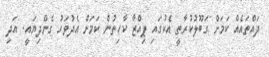
ދައްތައެއް ކަމަށް ގަބޫލުކުރާތީ އެކުގައި ޕިއްޒާ ކާހިތުން ކަމަށް އެދުވަހު ގެންދިޔައީ. އަދި